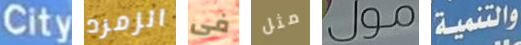
City الزمرد فى مثل مول والتنمية